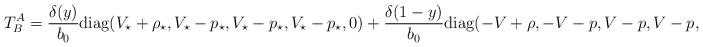
LaTeX: \begin{align*}T^A_B=\frac{\delta(y)}{b_0}{\rm diag}(V_\star+\rho_\star,V_\star-p_\star,V_\star-p_\star,V_\star-p_\star,0)+\frac{\delta(1-y)}{b_0}{\rm diag}(-V+\rho,-V-p,V-p,V-p,0),\end{align*}